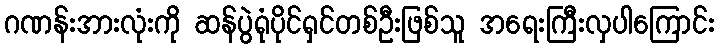
ဂဏန်းအားလုံးကို ဆန်ပွဲရုံပိုင်ရှင်တစ်ဦးဖြစ်သူ အရေးကြီးလှပါကြောင်း